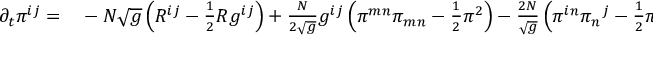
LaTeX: \begin{array} { r l } { \partial _ { t } \pi ^ { i j } = } & { { } - N { \sqrt { g } } \left( R ^ { i j } - { \frac { 1 } { 2 } } R g ^ { i j } \right) + { \frac { N } { 2 { \sqrt { g } } } } g ^ { i j } \left( \pi ^ { m n } \pi _ { m n } - { \frac { 1 } { 2 } } \pi ^ { 2 } \right) - { \frac { 2 N } { \sqrt { g } } } \left( \pi ^ { i n } { \pi _ { n } } ^ { j } - { \frac { 1 } { 2 } } \pi \pi ^ { i j } \right) } \end{array}